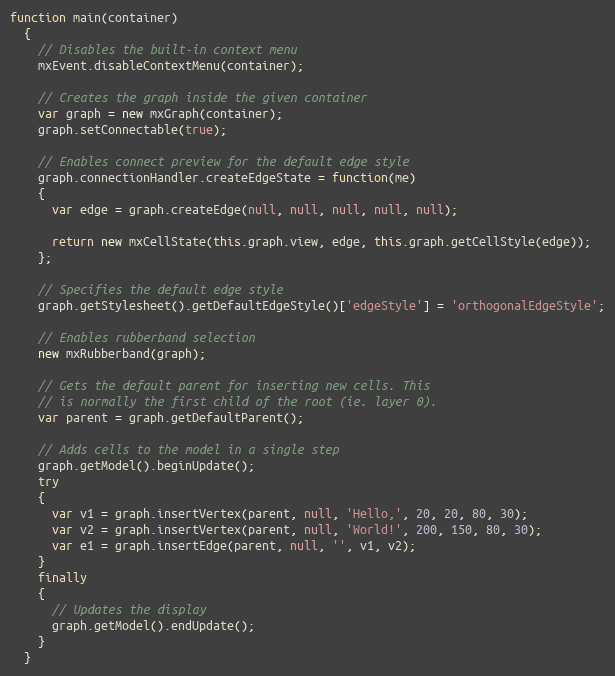
Language: JavaScript
function main(container)
  {
    // Disables the built-in context menu
    mxEvent.disableContextMenu(container);

    // Creates the graph inside the given container
    var graph = new mxGraph(container);
    graph.setConnectable(true);

    // Enables connect preview for the default edge style
    graph.connectionHandler.createEdgeState = function(me)
    {
      var edge = graph.createEdge(null, null, null, null, null);

      return new mxCellState(this.graph.view, edge, this.graph.getCellStyle(edge));
    };

    // Specifies the default edge style
    graph.getStylesheet().getDefaultEdgeStyle()['edgeStyle'] = 'orthogonalEdgeStyle';

    // Enables rubberband selection
    new mxRubberband(graph);

    // Gets the default parent for inserting new cells. This
    // is normally the first child of the root (ie. layer 0).
    var parent = graph.getDefaultParent();

    // Adds cells to the model in a single step
    graph.getModel().beginUpdate();
    try
    {
      var v1 = graph.insertVertex(parent, null, 'Hello,', 20, 20, 80, 30);
      var v2 = graph.insertVertex(parent, null, 'World!', 200, 150, 80, 30);
      var e1 = graph.insertEdge(parent, null, '', v1, v2);
    }
    finally
    {
      // Updates the display
      graph.getModel().endUpdate();
    }
  }